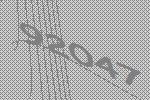
92047